Scottish Leaving Certificate Examination, 1951
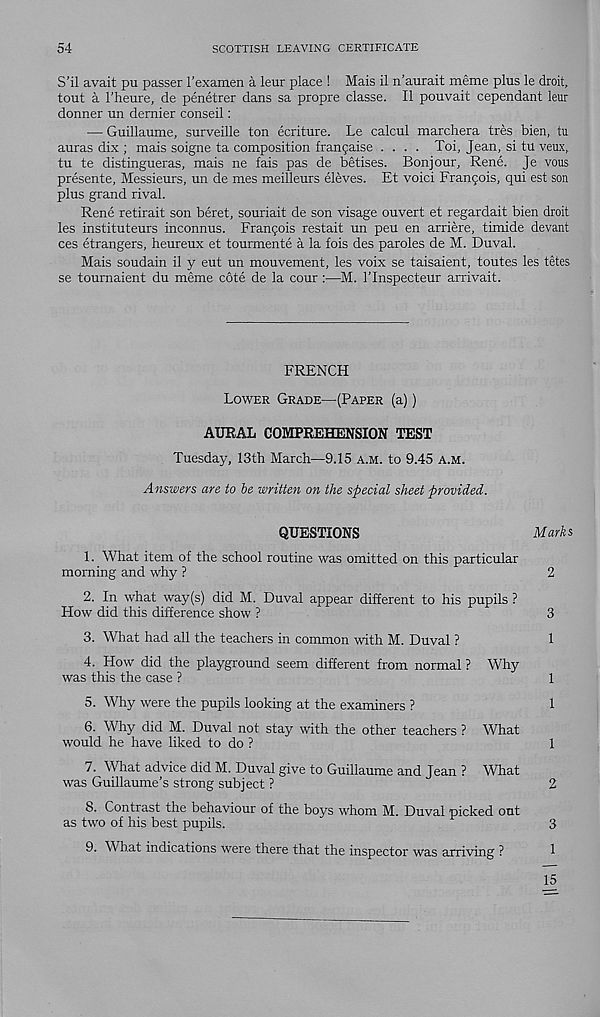
54
SCOTTISH LEAVING CERTIFICATE
S’il avait pu passer rexamen a leur place ! Mais il n’aurait meme plus le droit,
tout a I'heure, de penetrer dans sa propre classe. II pouvait cependant leur
donner un dernier conseil:
— Guillaume, surveille ton ecriture. Le calcul marchera tres bien, tu
auras dix ; mais soigne ta composition frangaise .... Toi, Jean, si tu veux,
tu te distingueras, mais ne fais pas de betises. Bonjour, Rene. Je vous
presente, Messieurs, un de mes meilleurs eleves. Et voici Frangois, qui est son
plus grand rival.
Rene retirait son beret, souriait de son visage ouvert et regardait bien droit
les instituteurs inconnus. Frangois restait un peu en arriere, timide devant
ces etrangers, heureux et tourmente a la fois des paroles de M. Duval.
Mais soudain il y eut un mouvement, les voix se taisaient, toutes les tetes
se tournaient du meme cote de la cour:—M. 1'Inspecteur arrivait.
FRENCH
Lower Grade—(Paper (a))
AURAL COMPREHENSION TEST
Tuesday, 13th March—9.15 a.m. to 9.45 a.m.
Answers are to be written on the special sheet provided.
QUESTIONS
Marks
1. What item of the school routine was omitted on this particular
morning and why ?
2
2. In what way(s) did M. Duval appear different to his pupils ?
How did this difference show ?
3
3. What had all the teachers in common with M. Duval ?
1
4. How did the playground seem different from normal ? Why
was this the case ?
1
5. Why were the pupils looking at the examiners ?
1
6. Why did M. Duval not stay with the other teachers ? What
would he have liked to do ?
1
7. What advice did M. Duval give to Guillaume and Jean ? What
was Guillaume’s strong subject ?
2
8. Contrast the behaviour of the boys whom M. Duval picked out
as two of his best pupils.
3
9. What indications were there that the inspector was arriving ?
1
15